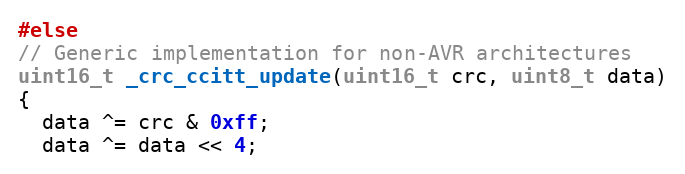
Language: C++
#else
// Generic implementation for non-AVR architectures
uint16_t _crc_ccitt_update(uint16_t crc, uint8_t data)
{
  data ^= crc & 0xff;
  data ^= data << 4;